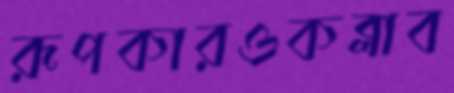
রূপকারওকব্‌লাব